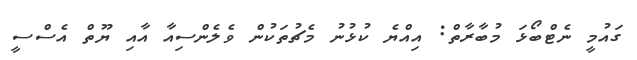
ގައުމީ ނެޓްބޯޅަ މުބާރާތް: އިއްޔެ ކުޅުނު މެޗުތަކުން ވެލެންސިއާ އާއި ޔޫތް އެސްސީ